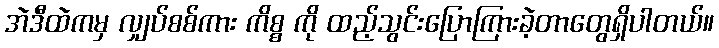
အဲဒီထဲကမှ လျှပ်စစ်ကား ကိစ္စ ကို ထည့်သွင်းပြောကြားခဲ့တာတွေရှိပါတယ်။